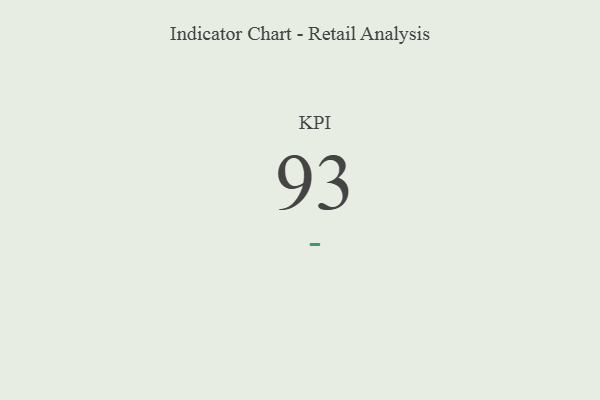
{"axis": {"x": "KPI", "y": "Value"}, "legend": [""], "data": [{"x": "KPI", "y": 93, "type": ""}]}